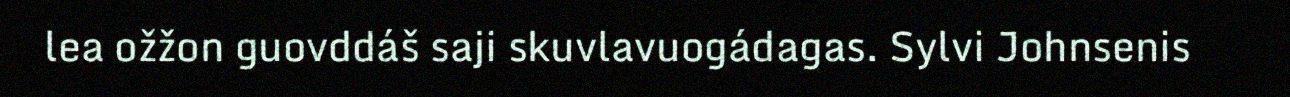
lea ožžon guovddáš saji skuvlavuogádagas. Sylvi Johnsenis